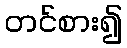
တင်စား၍